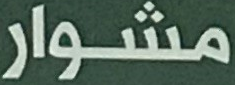
مشوار